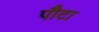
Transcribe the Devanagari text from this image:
पौटा